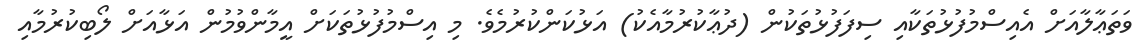
ވަތަޢާލާއަށް އެއިސްމުފުޅުތަކާއި ސިފަފުޅުތަކުން (ދުޢާކުރުމާއެކު) އަޅުކަންކުރުމެވެ. މި އިސްމުފުޅުތަކަށް އީމާންވުމުން އަޅާއަށް ލޯބިކުރުމާއި